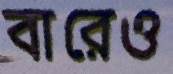
বারেও